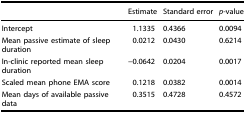
|  | Estimate | Standard error | p-value |
 | --- | --- | --- | --- |
 | Intercept | 1.1335 | 0.4366 | 0.0094 |
 | Mean passive estimate of sleep duration | 0.0212 | 0.0430 | 0.6214 |
 | In-clinic reported mean sleep duration | −0.0642 | 0.0204 | 0.0017 |
 | Scaled mean phone EMA score | 0.1218 | 0.0382 | 0.0014 |
 | Mean days of available passive data | 0.3515 | 0.4728 | 0.4572 |